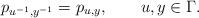
LaTeX: \begin{align*}p_{u^{-1},y^{-1}}=p_{u,y},\qquad{u},y\in \Gamma.\end{align*}